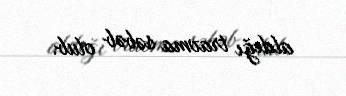
aldığı travma səbəb olub.